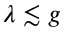
\lambda \lesssim g